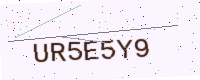
Text: UR5E5Y9